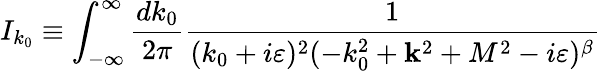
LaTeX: I_{k_{0}}\equiv\int_{-\infty}^{\infty}\frac{dk_{0}}{2\pi}\frac{1}{(k_{0}+i\varepsilon)^{2}(-k_{0}^{2}+{\mathbf k}^{2}+M^{2}-i\varepsilon)^{\beta}}